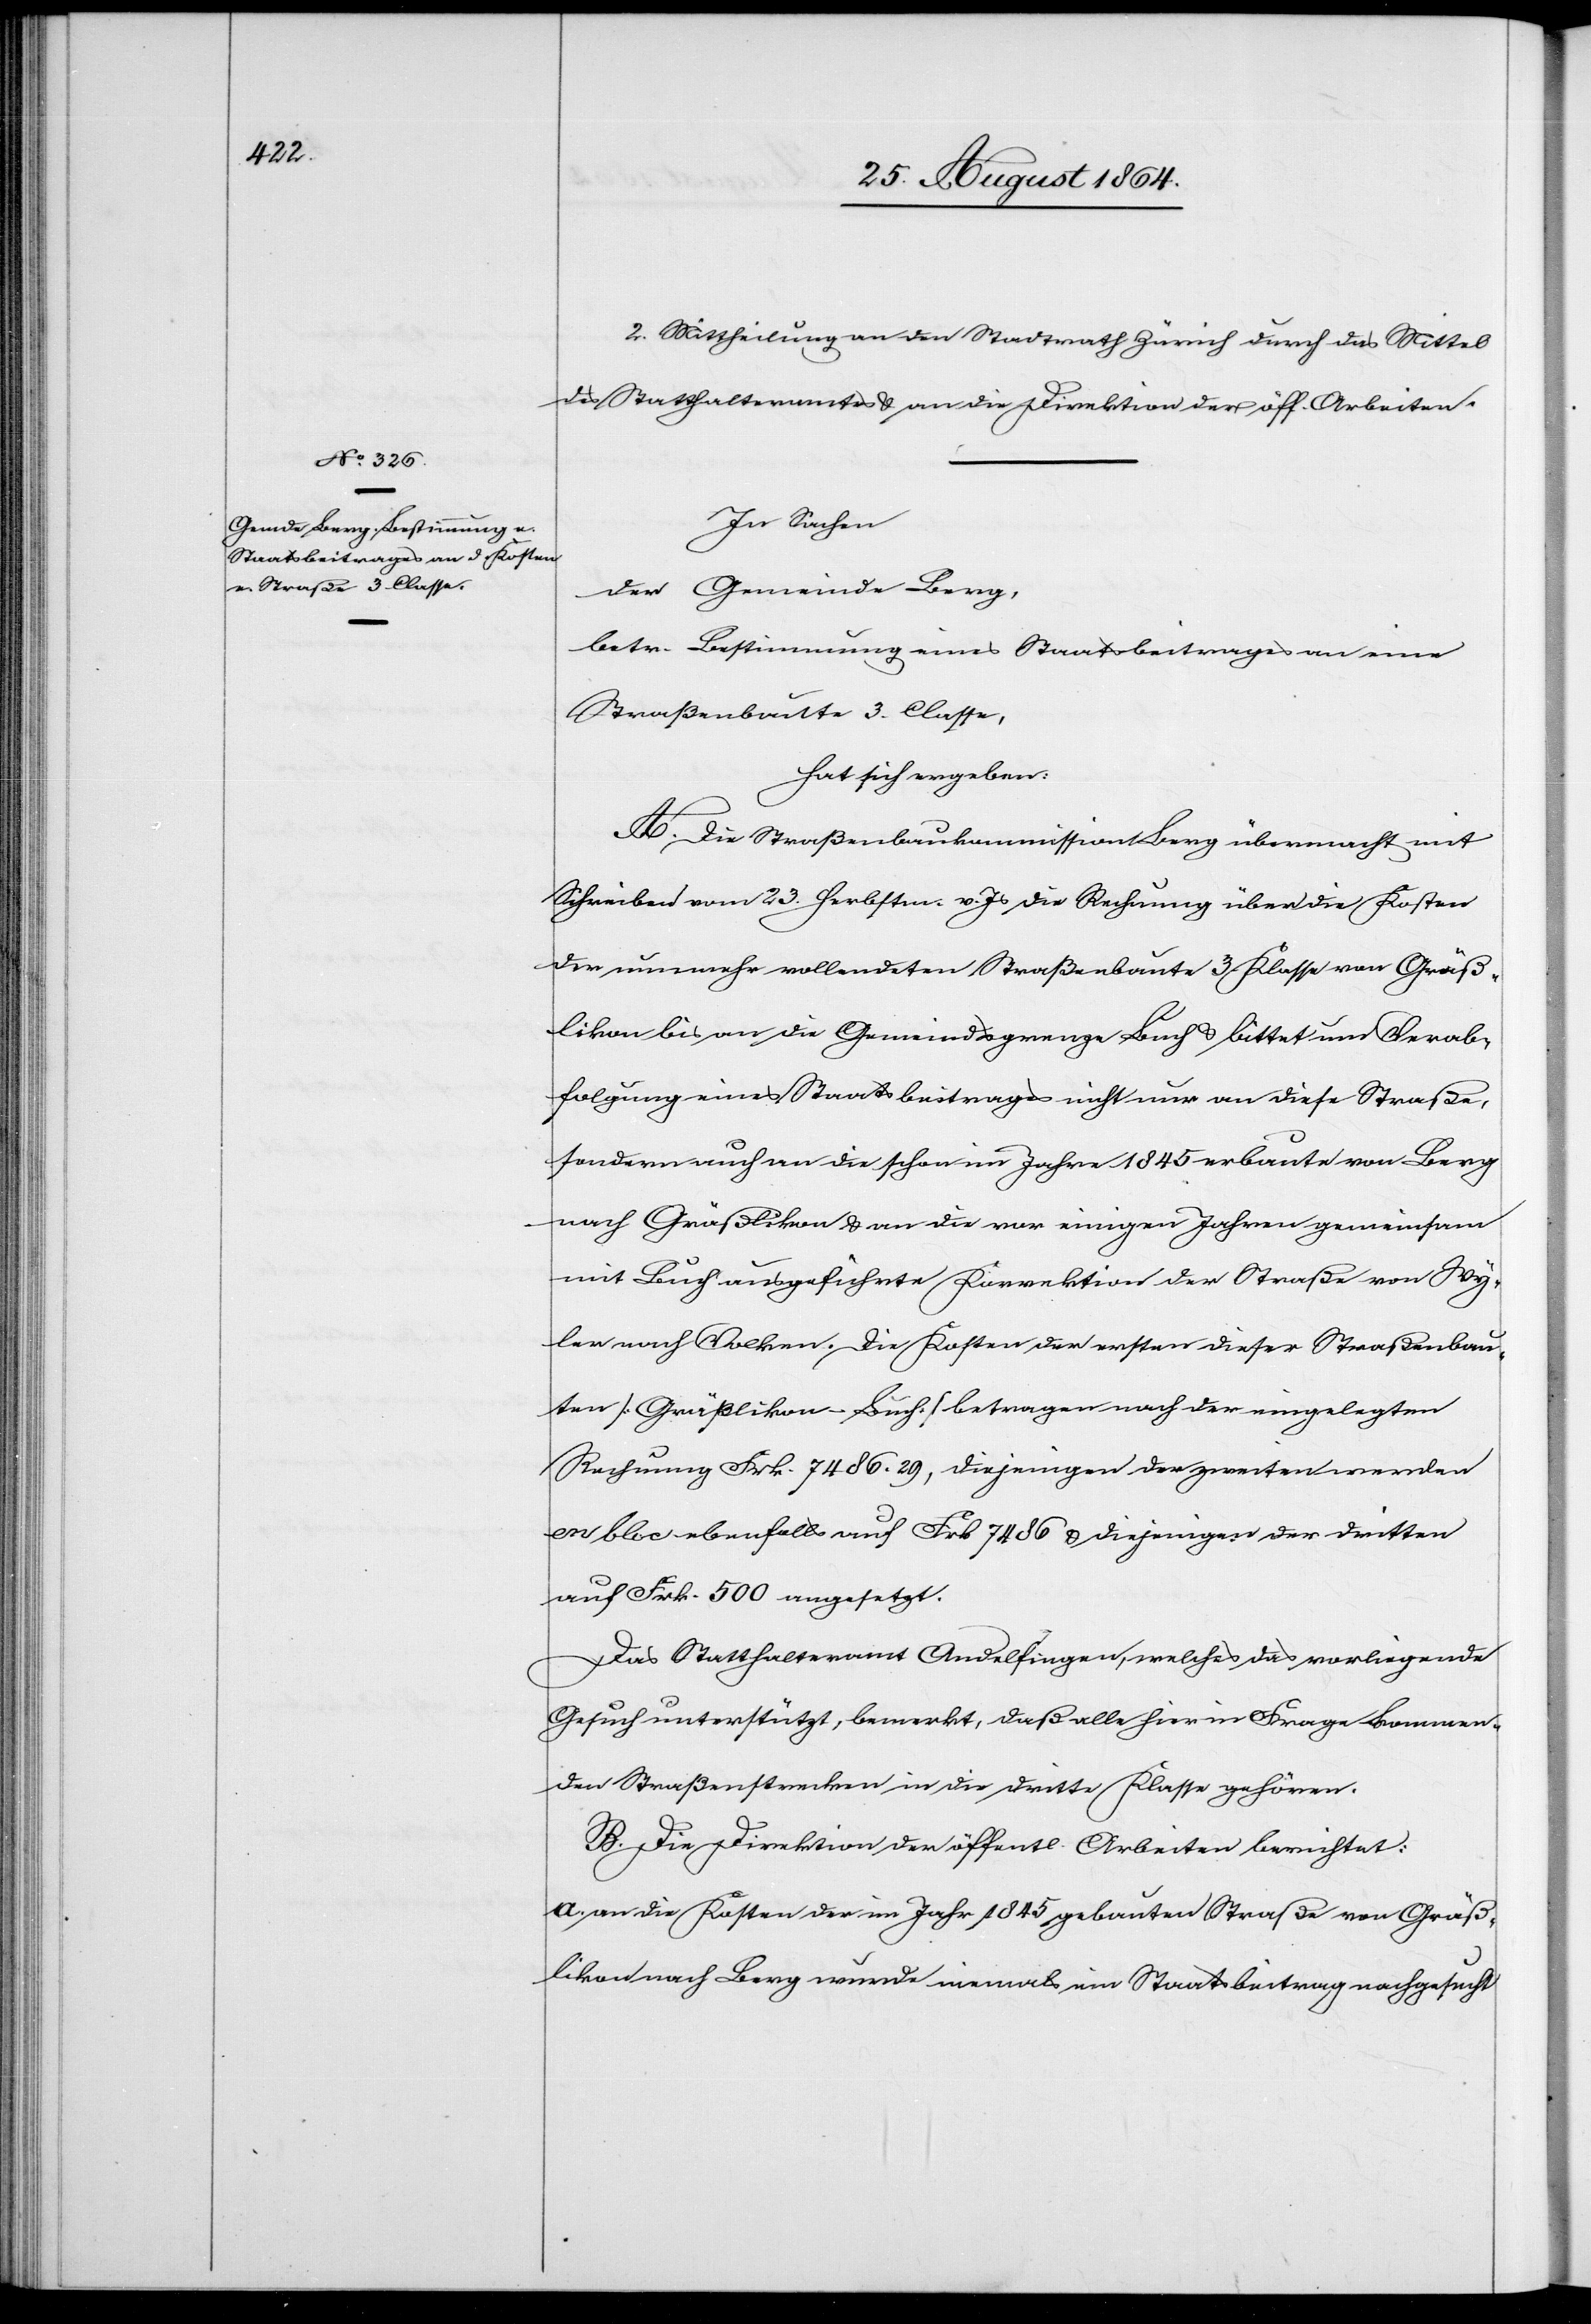
2. Mittheilung an den Stadtrath Zürich durch das Mittel
des Statthalteramtes & an die Direktion der öff. Arbeiten.
In Sachen
der Gemeinde Berg,
betr. Bestimmung eines Staatsbeitrages an eine
Straßenbaute 3. Classe,
hat sich ergeben:
A. Die Straßenbaukommission Berg übermacht mit
Schreiben vom 23. Herbstm. v. Js die Rechnung über die Kosten
der nunmehr vollendeten Straßenbaute 3. Klasse von Gräß¬
likon bis an die Gemeindsgrenze Buch & bittet um Verab¬
folgung eines Staatsbeitrages nicht nur an diese Straße,
sondern auch an die schon im Jahre 1845 erbaute von Berg
nach Gräßlikon & an die vor einigen Jahren gemeinsam
mit Buch ausgeführte Korrektion der Straße von Wy¬
ler nach Volken. Die Kosten der ersten dieser Straßenbau¬
ten [Gräßlikon–Buch] betragen nach der eingelegten
Rechnung Frk. 7486.29, diejenigen der zweiten werden
en bloc ebenfalls auf Frk. 7486 & diejenigen der dritten
auf Frk. 500 angesetzt.
Das Statthalteramt Andelfingen, welches das vorliegende
Gesuch unterstützt, bemerkt, daß alle hier in Frage kommen¬
den Straßenstrecken in die dritte Klasse gehören.
B. Die Direktion der öffentl. Arbeiten berichtet:
a. an die Kosten der im Jahr 1845 gebauten Straße von Gräß¬
likon nach Berg wurde niemals ein Staatsbeitrag nachgesucht